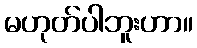
မဟုတ်ပါဘူးဟာ။